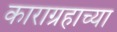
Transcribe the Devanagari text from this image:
काराग्रहाच्या